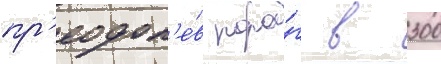
пр'еодол'е́в поро́г в 300